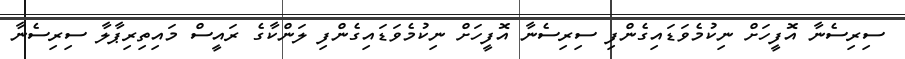
ސިރިސެނާ އޮފީހަށް ނިކުމެވަޑައިގެންފި ސިރިސެނާ އޮފީހަށް ނިކުމެވަޑައިގެންފި ލަންކާގެ ރައީސް މައިތިރިޕާލާ ސިރިސެނާ